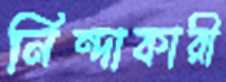
নিন্দাকারী